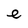
Character: e